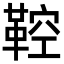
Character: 鞚